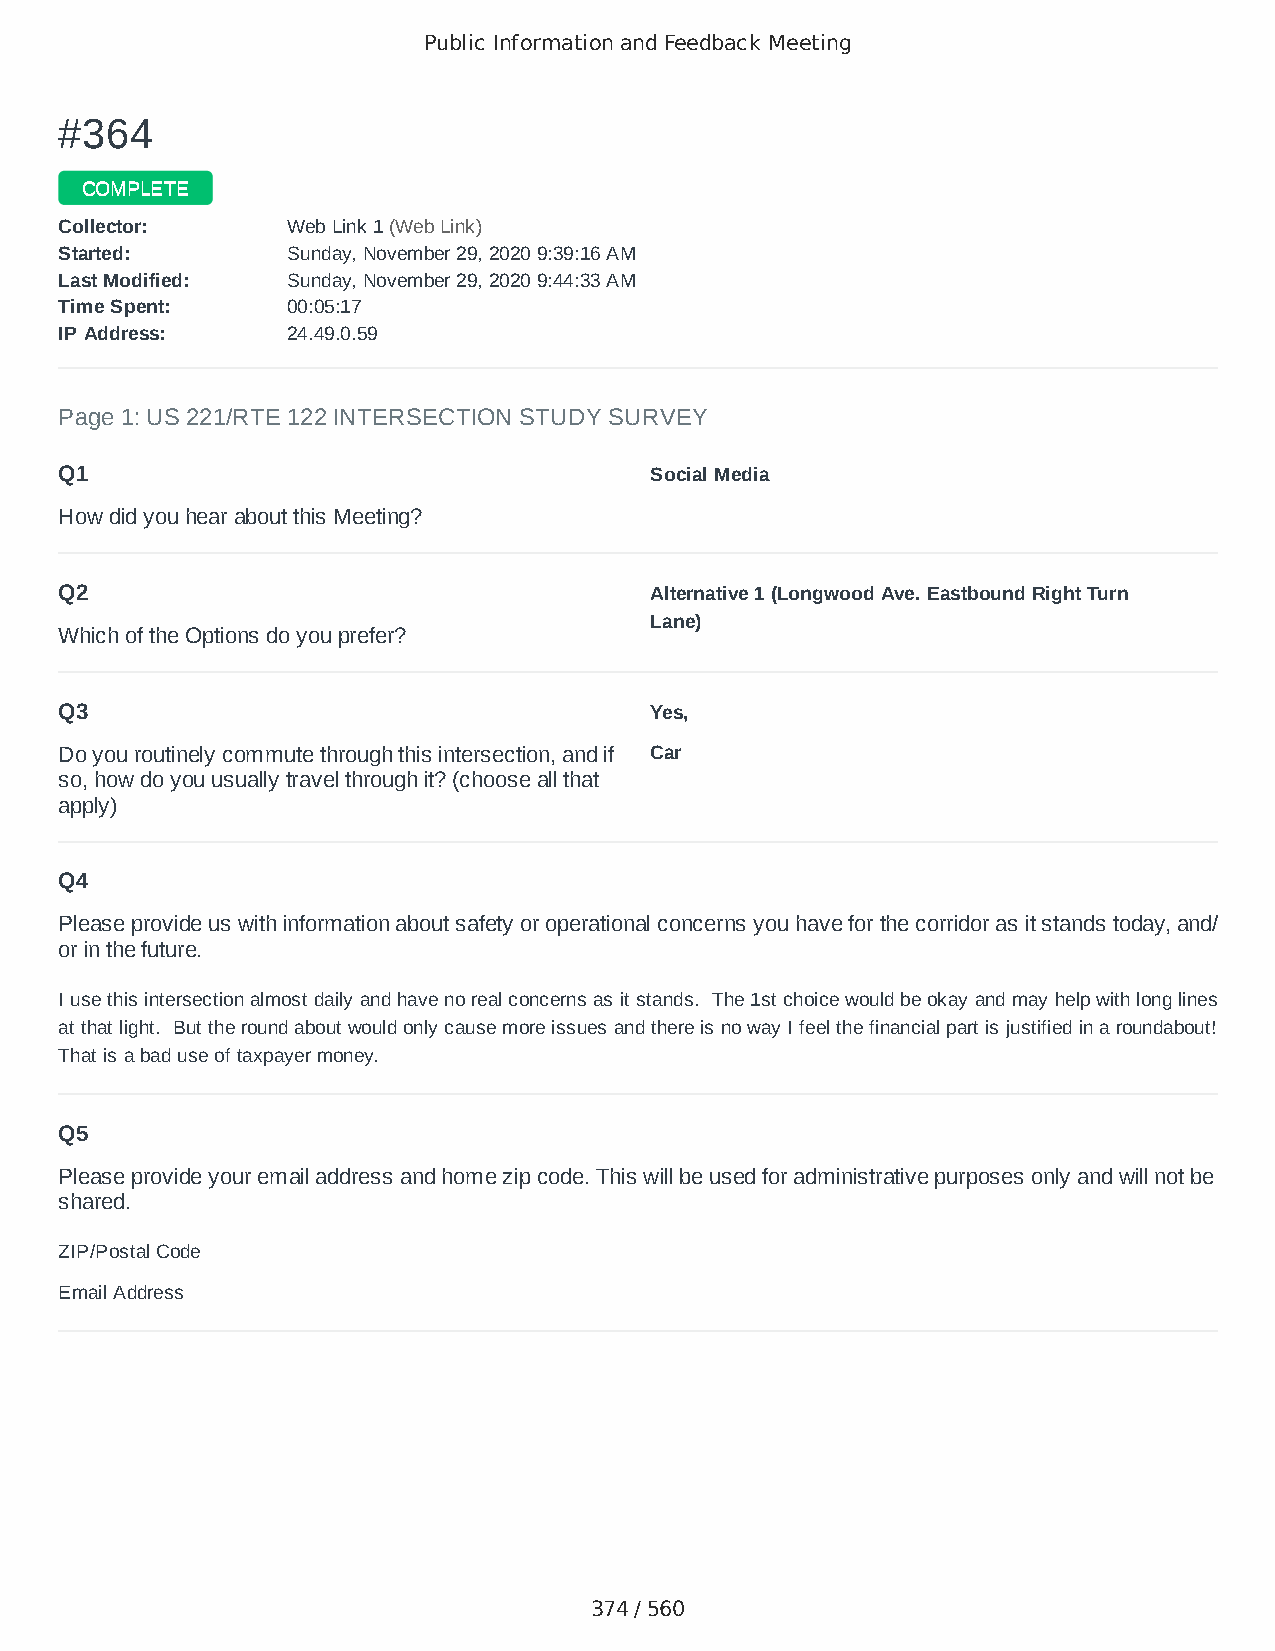
Public Information and Feedback Meeting
 ##336644
 CCOOMMPPLLEETTEE
 CCoolllleeccttoorr:: WWeebb LLiinnkk 11 ((WWeebb LLiinnkk))
 SSttaarrtteedd:: SSuunnddaayy,, NNoovveemmbbeerr 2299,, 22002200 99::3399::1166 AAMM
 LLaasstt MMooddiiffiieedd:: SSuunnddaayy,, NNoovveemmbbeerr 2299,, 22002200 99::4444::3333 AAMM
 TTiimmee SSppeenntt:: 0000::0055::1177
 IIPP AAddddrreessss:: 2244..4499..00..5599
 Page 1: US 221/RTE 122 INTERSECTION STUDY SURVEY
 Q1                                     Social Media
 How did you hear about this Meeting?
 Q2                                     Alternative 1 (Longwood Ave. Eastbound Right Turn
 Lane)
 Which of the Options do you prefer?
 Q3                                     Yes,
 Do you routinely commute through this intersection, and if Car
 so, how do you usually travel through it? (choose all that
 apply)
 Q4
 Please provide us with information about safety or operational concerns you have for the corridor as it stands today, and/
 or in the future.
 I use this intersection almost daily and have no real concerns as it stands. The 1st choice would be okay and may help with long lines
 at that light. But the round about would only cause more issues and there is no way I feel the financial part is justified in a roundabout!
 That is a bad use of taxpayer money.
 Q5
 Please provide your email address and home zip code. This will be used for administrative purposes only and will not be
 shared.
 ZIP/Postal Code                        24523
 Email Address                          realred36@yahoo.com
 374 / 560